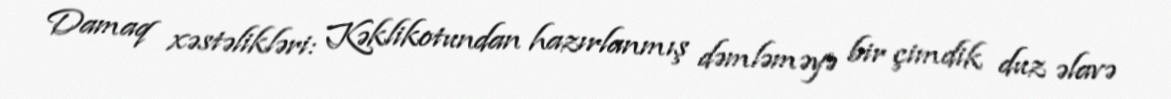
Damaq xəstəlikləri: Kəklikotundan hazırlanmış dəmləməyə bir çimdik duz əlavə